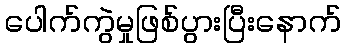
ပေါက်ကွဲမှုဖြစ်ပွားပြီးနောက်